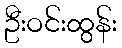
ဦးဝင်းထွန်း